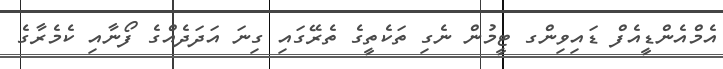
އެމްއެންޑީއެފް ޑައިވިންގ ޓީމުން ނެގި ތަކެތީގެ ތެރޭގައި ގިނަ އަދަދެއްގެ ފޯނާއި ކެމެރާގެ